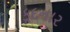
કૂદનાર